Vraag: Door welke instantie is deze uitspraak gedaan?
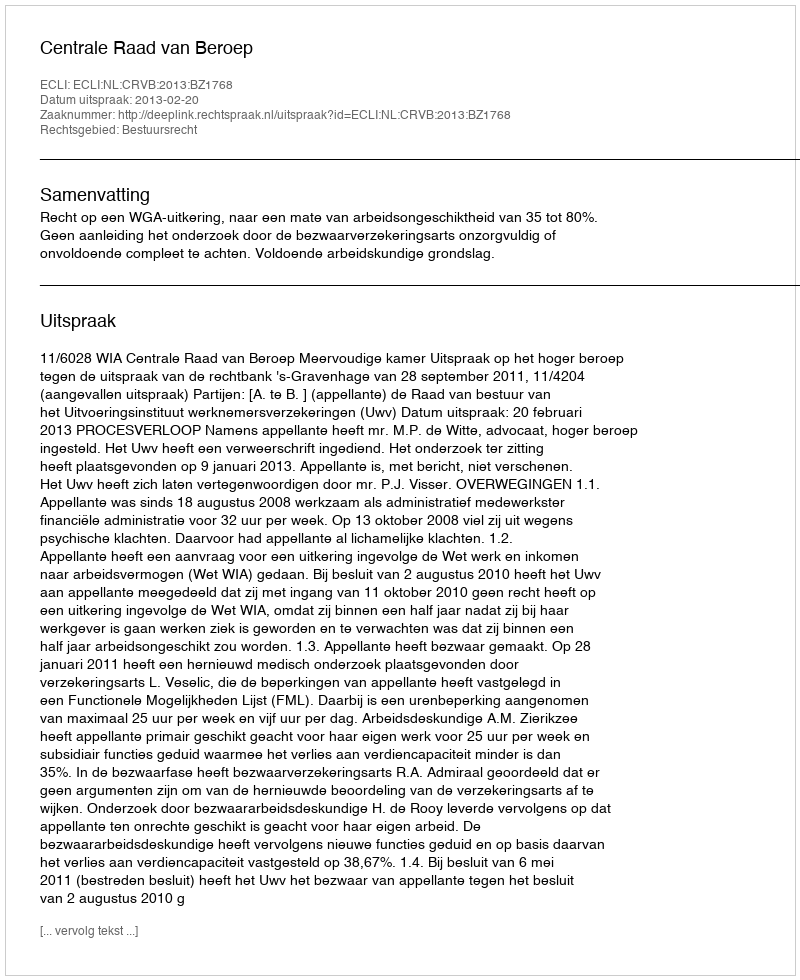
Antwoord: Centrale Raad van Beroep